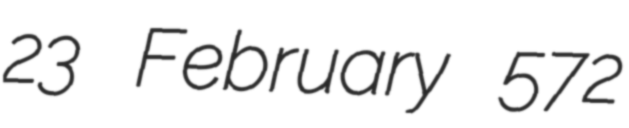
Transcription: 23 February 572